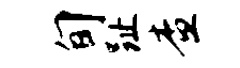
旬趾查